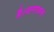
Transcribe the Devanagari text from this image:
है।जनगणना